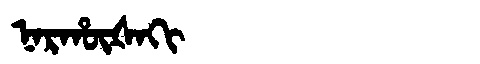
Manchu: ᠨᠠᡵᡥᡡᡧᠠᡴᡳ
Romanization: NARHŪŠAKI